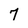
Character: 7